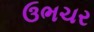
ઉભચર